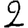
Digit: 2